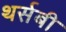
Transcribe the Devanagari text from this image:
थर्सबी